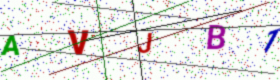
Text: AVJB1